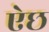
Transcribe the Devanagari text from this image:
ऐछ